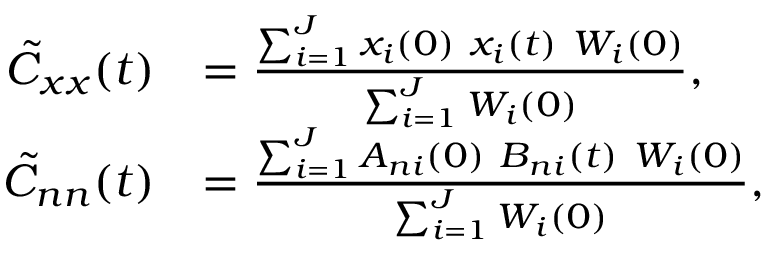
\begin{array} { r l } { \tilde { C } _ { x x } ( t ) } & { = \frac { \sum _ { i = 1 } ^ { J } x _ { i } ( 0 ) \ x _ { i } ( t ) \ W _ { i } ( 0 ) } { \sum _ { i = 1 } ^ { J } W _ { i } ( 0 ) } \mathrm { , } } \\ { \tilde { C } _ { n n } ( t ) } & { = \frac { \sum _ { i = 1 } ^ { J } A _ { n i } ( 0 ) \ B _ { n i } ( t ) \ W _ { i } ( 0 ) } { \sum _ { i = 1 } ^ { J } W _ { i } ( 0 ) } \mathrm { , } } \end{array}